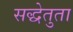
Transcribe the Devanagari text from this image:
सद्धेतुता